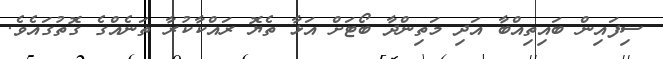
ސިފައިން ބައިތިއްބާ އަދި މަތިންދާ ބޯޓަށް އަޅާ ތެޔޮ ރައްކާކުރާ ތަނެއްގެ ގޮތުގައެވެ.